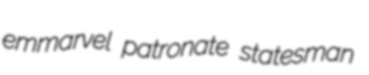
emmarvel patronate statesman